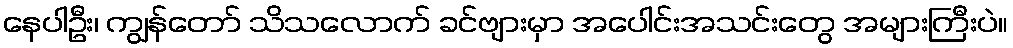
နေပါဦး၊ ကျွန်တော် သိသလောက် ခင်ဗျားမှာ အပေါင်းအသင်းတွေ အများကြီးပဲ။